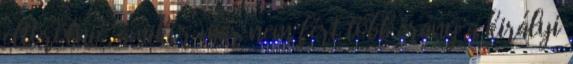
eltörölnie, amikor már nem fért több arany a királyi